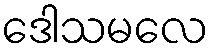
ဒေါသမလေ